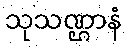
သုသဏ္ဌာနံ